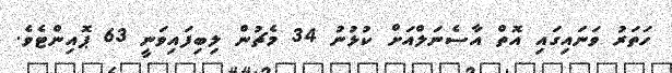
ހަތަރު ވަނައިގައި އޮތް އާސެނަލްއަށް ކުޅުނު 34 މެޗުން ލިބިފައިވަނީ 63 ޕޮއިންޓެވެ.